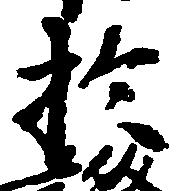
於